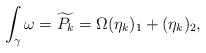
LaTeX: \begin{align*}\int_{\gamma} \omega = \widetilde{P_k} = \Omega(\eta_k)_1+(\eta_k)_2,\end{align*}